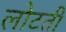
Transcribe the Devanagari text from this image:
लोटती